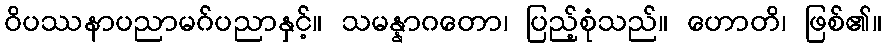
ဝိပဿနာပညာမဂ်ပညာနှင့်။ သမန္နာဂတော၊ ပြည့်စုံသည်။ ဟောတိ၊ ဖြစ်၏။